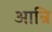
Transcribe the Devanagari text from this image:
आन्रि